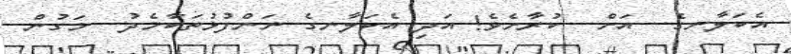
އެކަލާނގެ  އަށް  ކުރާށެވެ! އަދި އެކަލާނގެ ނަންފުޅުތަކާމެދު  މަގުން